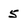
Character: 5